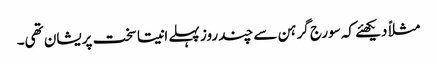
مثلاً دیکھئے کہ سورج گرہن سے چند روز پہلے انیتا سخت پریشان تھی۔